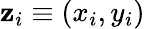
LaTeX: \mathbf{z}_{i}\equiv(x_{i},y_{i})